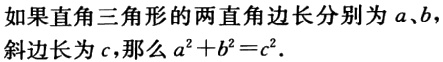
如果直角三角形的两直角边长分别为 \(a\)、\(b\)，斜边长为 \(c\)，那么 \(a^{2}+b^{2}=c^{2}\)。